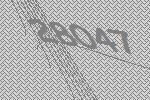
28047